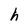
Character: h